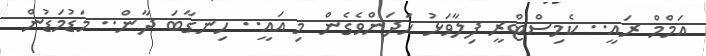
އަމްމް ރައީ.. ކެމިސްޓްރީ ފިލާވަޅު ހަދަންވެގެން މި އައީ.. ހިނގާބަ ދާން.. މަޑުމަޑުން